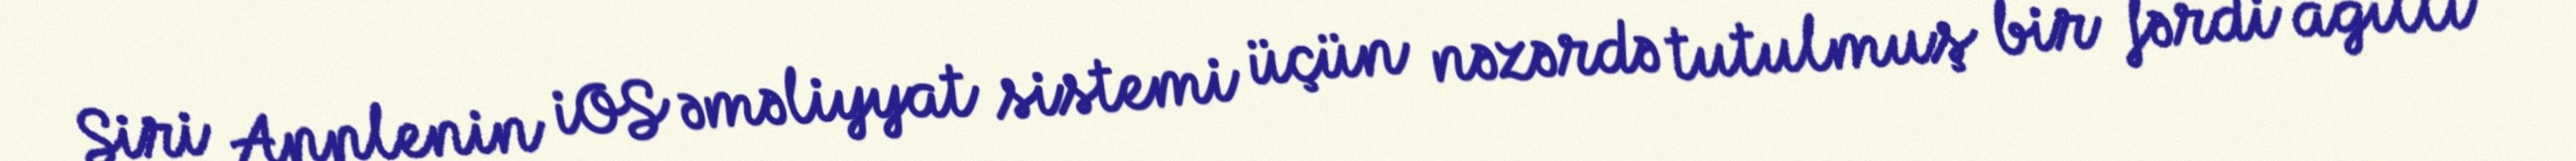
Siri Applenin iOS əməliyyat sistemi üçün nəzərdə tutulmuş bir fərdi ağıllı